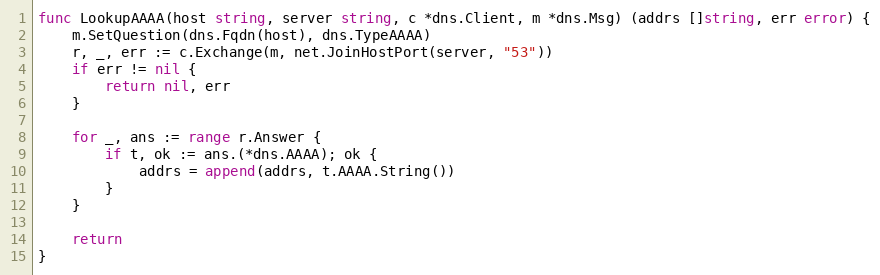
Language: Go
func LookupAAAA(host string, server string, c *dns.Client, m *dns.Msg) (addrs []string, err error) {
	m.SetQuestion(dns.Fqdn(host), dns.TypeAAAA)
	r, _, err := c.Exchange(m, net.JoinHostPort(server, "53"))
	if err != nil {
		return nil, err
	}

	for _, ans := range r.Answer {
		if t, ok := ans.(*dns.AAAA); ok {
			addrs = append(addrs, t.AAAA.String())
		}
	}

	return
}